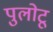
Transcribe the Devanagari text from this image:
पुलोटू